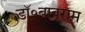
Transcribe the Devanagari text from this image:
डॉ॰बाबूराम